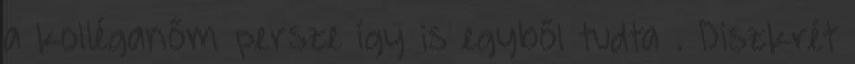
a kolléganőm persze így is egyből tudta . Diszkrét